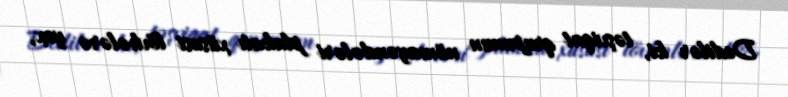
Dedilər ki, təşviqat qrupunun nümayəndələri plakatı xüsusi lövhələrə yox,